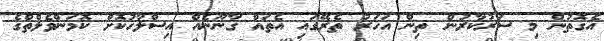
އެގޮތުން މި ސަރުކާރުން ތިން އަހަރު ތެރޭގައި އެތައް ގާނޫނެއް އިސްލާހުކޮށް ކޮމަންވެލްތްގެ